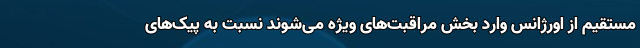
مستقیم از اورژانس وارد بخش مراقبت‌های ویژه می‌شوند نسبت به پیک‌های